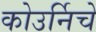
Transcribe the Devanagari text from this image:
कोउर्निचे